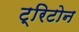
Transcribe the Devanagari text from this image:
ट्रिटोन